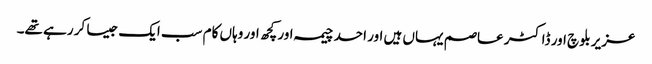
عزیر بلوچ اور ڈاکٹر عاصم یہاں ہیں اور احد چیمہ اور کچھ اور وہاں کام سب ایک جیسا کر رہے تھے۔